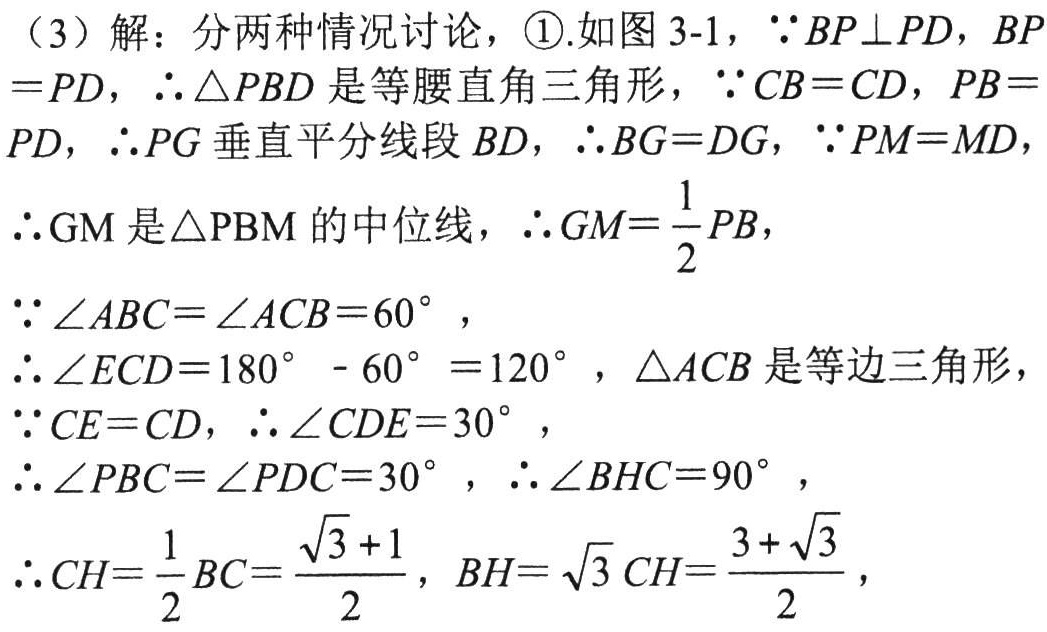
（3）解：分两种情况讨论，\textcircled{1}.如图 3-1，\(\because BP\perp PD\)，\(BP = PD\)，\(\therefore\triangle PBD\)是等腰直角三角形，\(\because CB = CD\)，\(PB = PD\)，\(\therefore PG\)垂直平分线段 \(BD\)，\(\therefore BG = DG\)，\(\because PM = MD\)，

\(\therefore GM\)是\(\triangle PBM\)的中位线，\(\therefore GM=\frac{1}{2}PB\)，

\(\because\angle ABC=\angle ACB = 60^{\circ}\)，

\(\therefore\angle ECD=180^{\circ}-60^{\circ}=120^{\circ}\)，\(\triangle ACB\)是等边三角形，

\(\because CE = CD\)，\(\therefore\angle CDE = 30^{\circ}\)，

\(\therefore\angle PBC=\angle PDC = 30^{\circ}\)，\(\therefore\angle BHC = 90^{\circ}\)，

\(\therefore CH=\frac{1}{2}BC=\frac{\sqrt{3}+1}{2}\)，\(BH=\sqrt{3}CH=\frac{3 + \sqrt{3}}{2}\)，